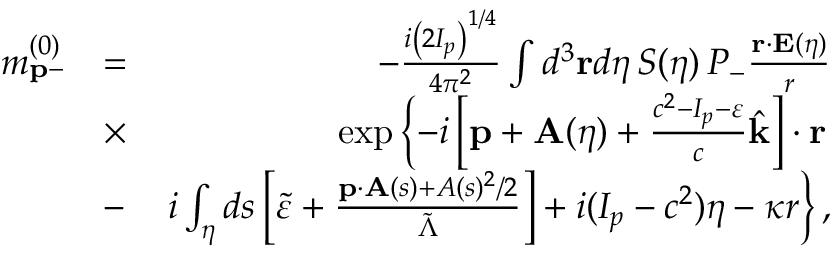
\begin{array} { r l r } { m _ { \mathbf { p } - } ^ { ( 0 ) } } & { = } & { - \frac { i \left( 2 I _ { p } \right) ^ { 1 / 4 } } { 4 \pi ^ { 2 } } \int d ^ { 3 } \mathbf { r } d \eta \, { \cal S } ( \eta ) \, { \cal P } _ { - } \frac { \mathbf { r } \cdot \mathbf { E } ( \eta ) } { r } } \\ & { \times } & { \exp \left\{ - i \left[ \mathbf { p } + \mathbf { A } ( \eta ) + \frac { c ^ { 2 } - I _ { p } - \varepsilon } { c } \hat { \mathbf { k } } \right] \cdot \mathbf { r } \right. } \\ & { - } & { \left. i \int _ { \eta } d s \left[ \tilde { \varepsilon } + \frac { \mathbf { p } \cdot \mathbf { A } ( s ) + A ( s ) ^ { 2 } / 2 } { \tilde { \Lambda } } \right] + i ( I _ { p } - c ^ { 2 } ) \eta - \kappa r \right\} , } \end{array}